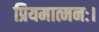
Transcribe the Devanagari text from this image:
प्रियमात्मनः।